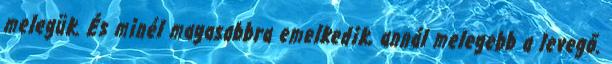
melegük. És minél magasabbra emelkedik, annál melegebb a levegő.